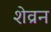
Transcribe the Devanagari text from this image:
शेव्रन